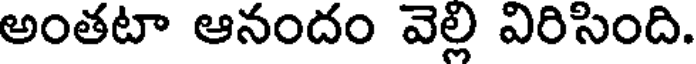
అంతటా ఆనందం వెల్లి విరిసింది.